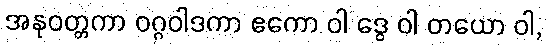
အနုဝတ္တကာ ဝဂ္ဂဝါဒကာ ဧကော ဝါ ဒွေ ဝါ တယော ဝါ,